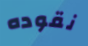
نقوده